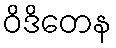
ဝိဒိတေန